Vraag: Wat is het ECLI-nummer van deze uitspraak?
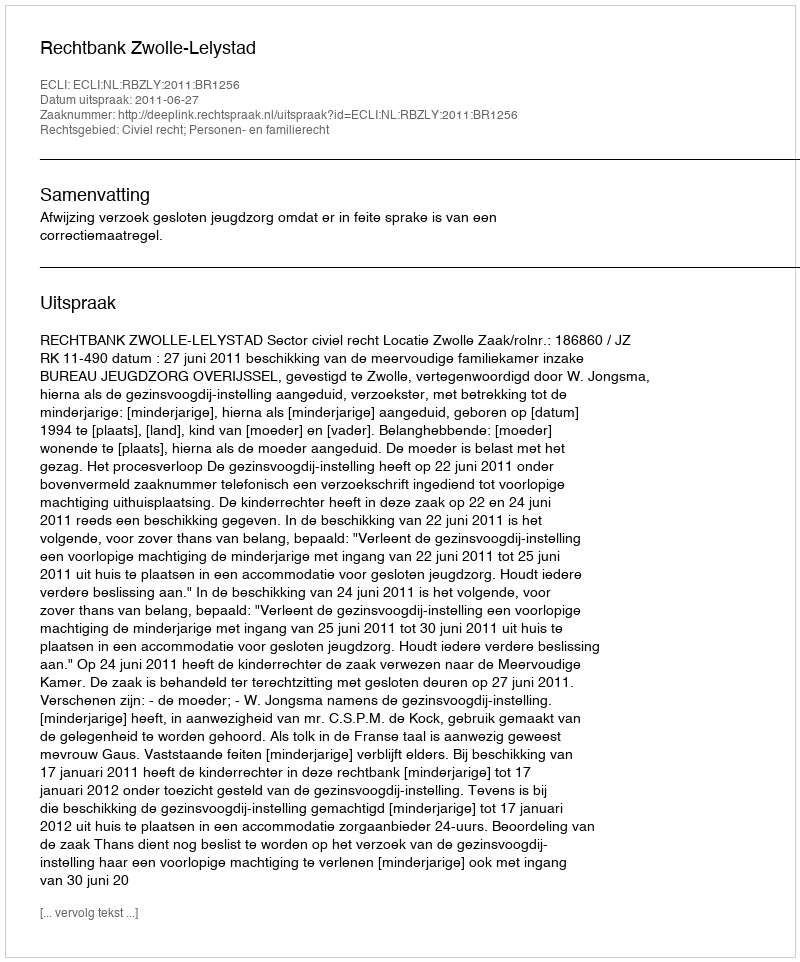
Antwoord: ECLI:NL:RBZLY:2011:BR1256